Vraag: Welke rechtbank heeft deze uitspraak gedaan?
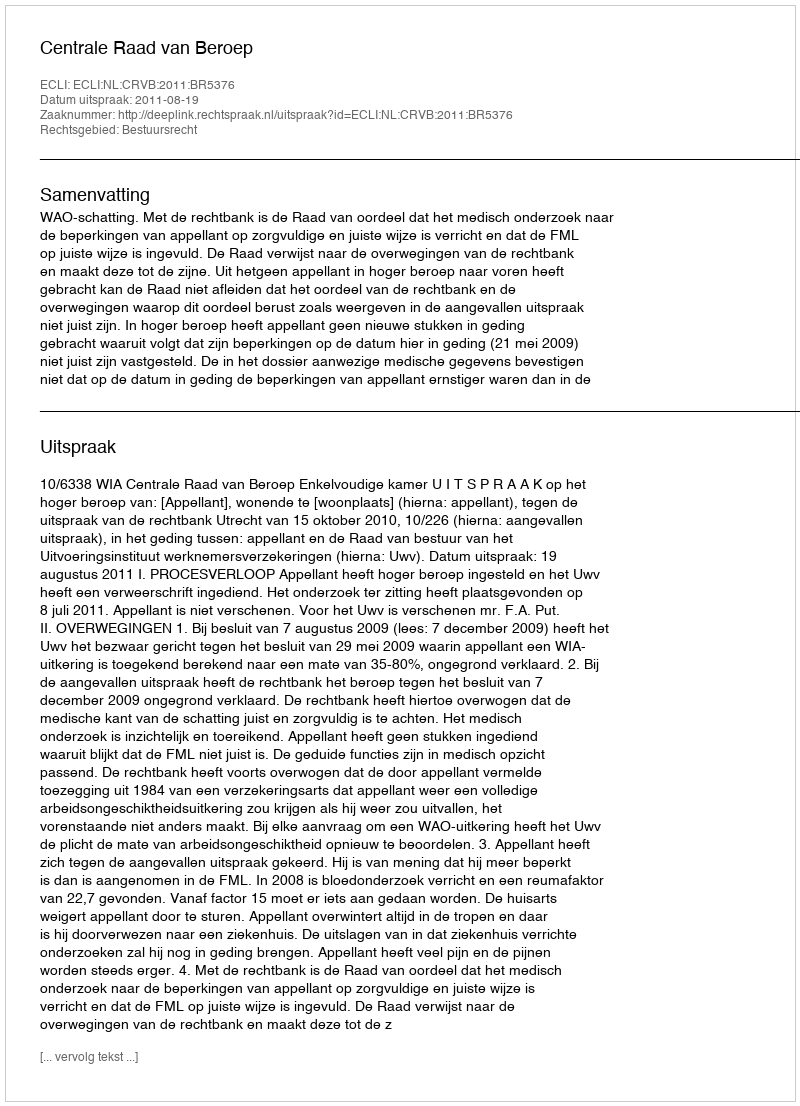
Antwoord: Centrale Raad van Beroep